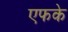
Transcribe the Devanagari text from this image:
एफके